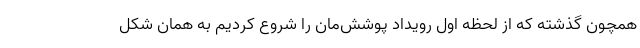
همچون گذشته که از لحظه اول رویداد پوشش‌مان را شروع کردیم به همان شکل